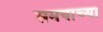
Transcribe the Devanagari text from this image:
समयाच्या